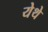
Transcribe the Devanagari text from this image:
येेथे